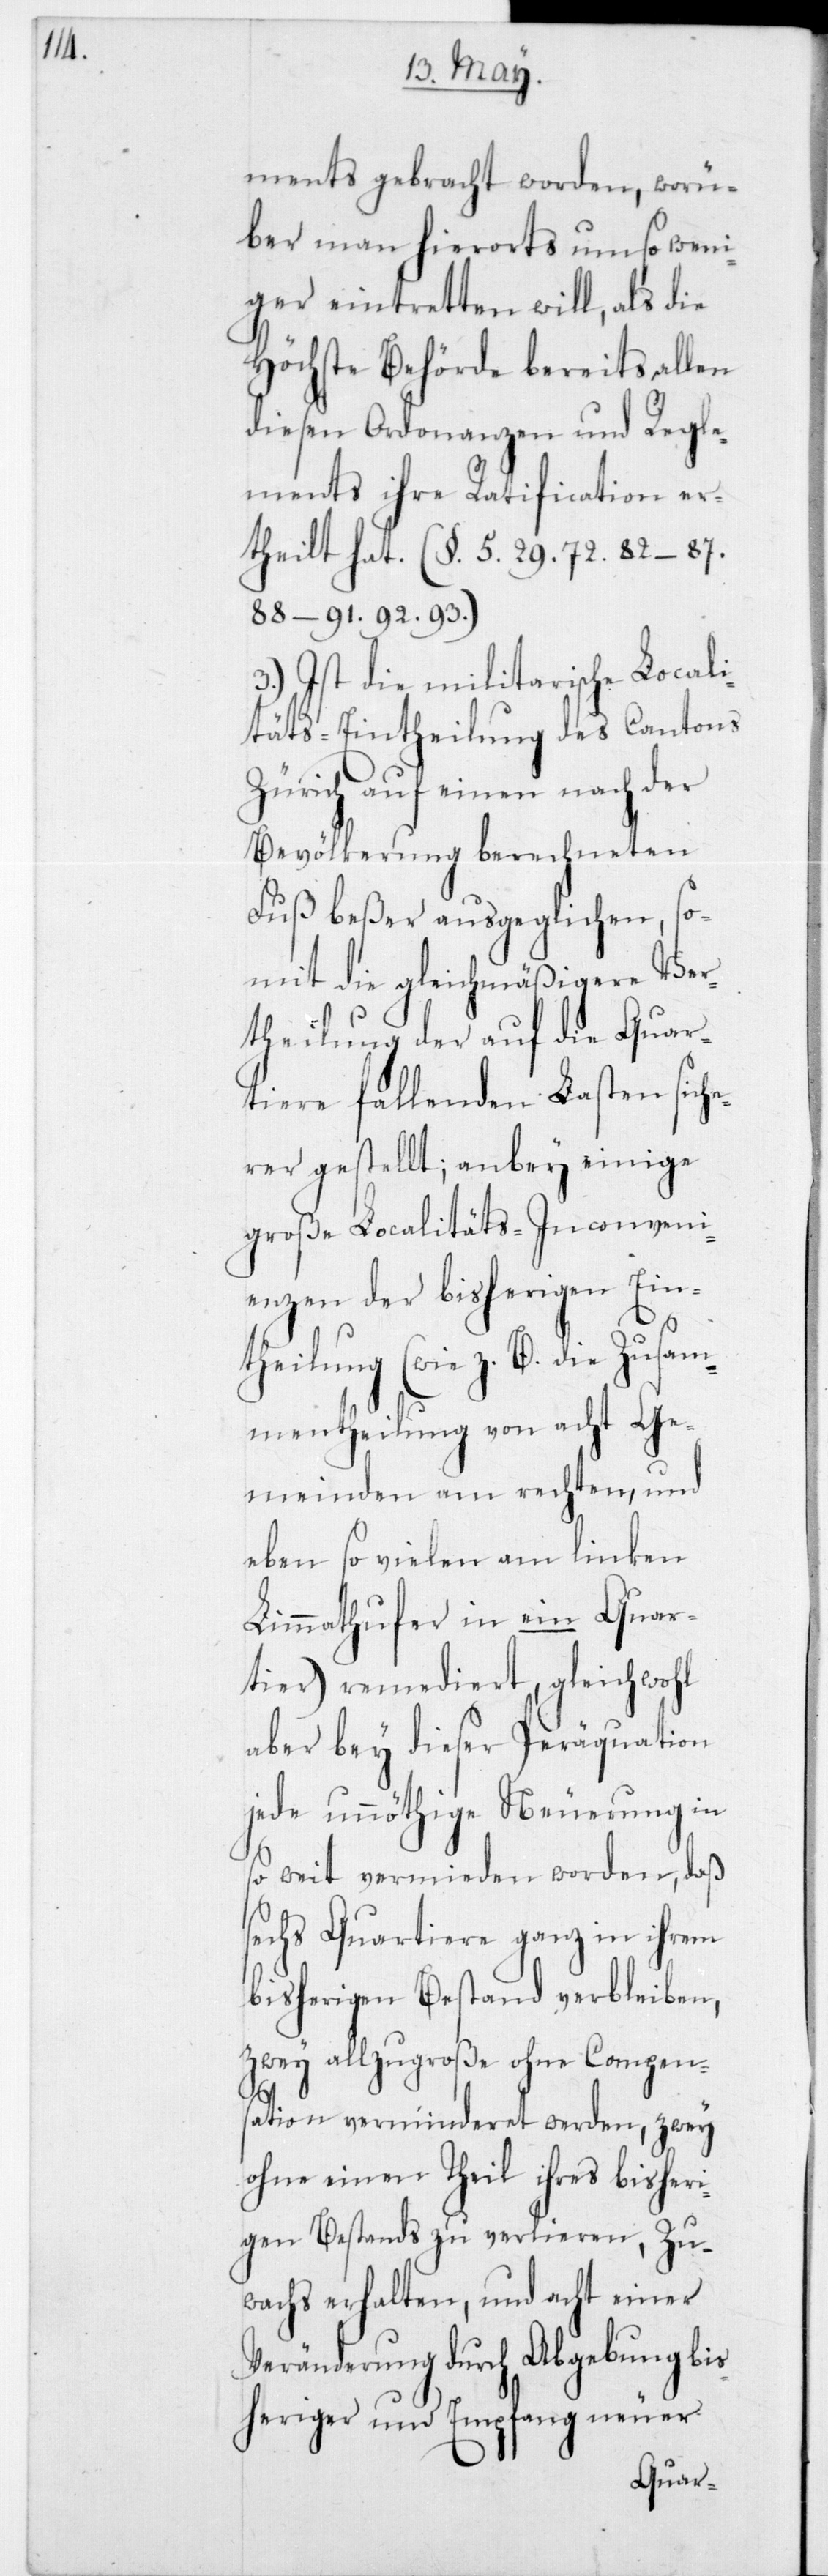
ments gebracht worden, worü¬
ber man hierorts umso weni¬
ger eintretten will, als die
Höchste Behörde bereits allen
diesen Ordonnanzen und Regle¬
ments ihre Rathification er¬
theilt hat, (§ 5, 29, 72, 82–87,
88–91, 92, 93).
3.) Ist die militarische Locali¬
täts-Eintheilung des Cantons
Zürich auf einen nach der
Bevölkerung berechneten
Fuß beßer ausgeglichen, so¬
mit die gleichmäßigere Ver¬
theilung der auf die Quar¬
tiere fallenden Lasten sic¬
herer gestellt; anbey einige
große Localitäts-Inconveni¬
enzen der bisherigen Ein¬
theilung (wie z. B. die Zusam¬
mentheilung von acht Ge¬
meinden am rechten, und
eben so vielen am linken
Limmathhufer in ein Quar¬
tier) remediert, gleichwohl
aber bey dieser Peräquation
jede unnöthige Neuerung in
so weit vermieden worden, daß
sechs Quartiere ganz in ihrem
bisherigen Bestand verbleiben,
zwey allzugroße ohne Compen¬
sation verminderet werden, zwey
ohne einen Theil ihres bisheri¬
gen Bestands zu verlieren, Zu¬
wachs erhalten, und acht einer
Veränderung durch Abgebung bis¬
heriger und Empfang neuer